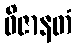
ဝိဇာနတံ